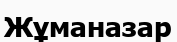
Жұманазар